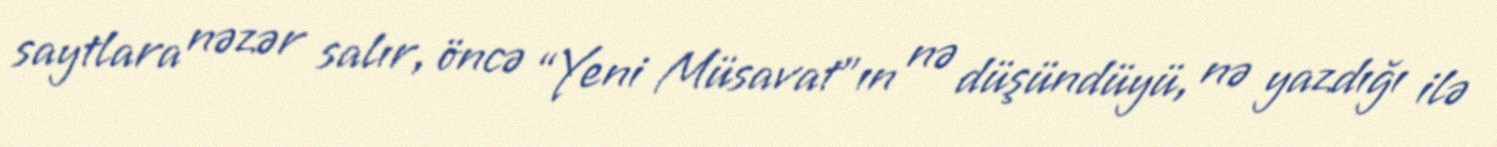
saytlara nəzər salır, öncə “Yeni Müsavat”ın nə düşündüyü, nə yazdığı ilə